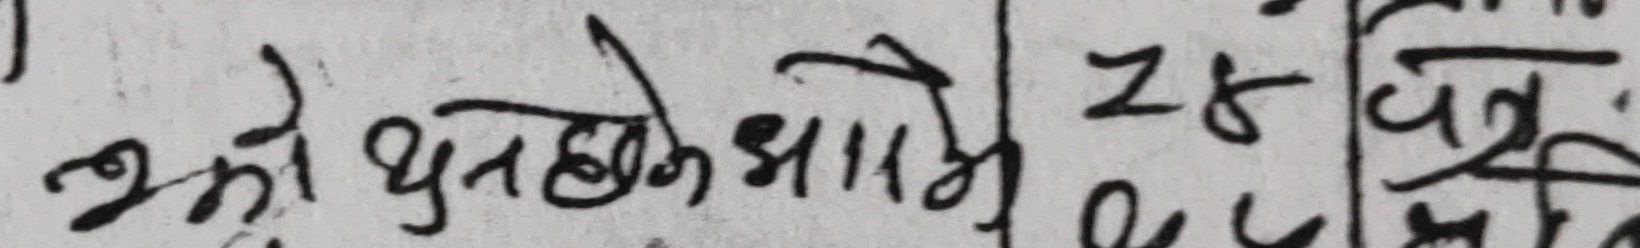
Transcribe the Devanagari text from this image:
एको धनके भागे  z६